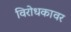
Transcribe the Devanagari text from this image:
विरोधकावर